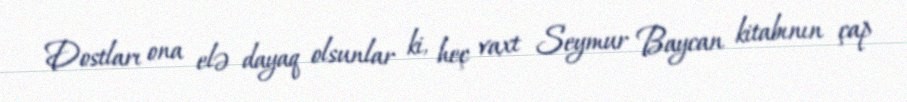
Dostları ona elə dayaq olsunlar ki, heç vaxt Seymur Baycan kitabının çap